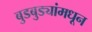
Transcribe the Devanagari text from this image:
बुडबुड्यांमधून